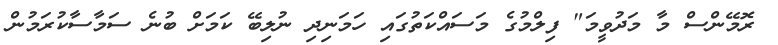
ރޮމޭންސް މާ މަދުވީމަ" ފިލްމުގެ މަސައްކަތުގައި ހަމަނިދި ނުލިބޭ ކަމަށް ބުނެ ސަމާސާކުރަމުން